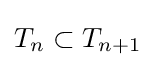
T_{n}\subset T_{n+1}